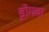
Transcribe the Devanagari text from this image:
ड्रोगबा